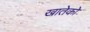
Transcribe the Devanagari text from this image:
खातेको